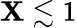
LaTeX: \mathbf{X}\lesssim1